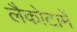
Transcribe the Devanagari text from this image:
लैकोटामें